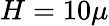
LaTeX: H=10\mu